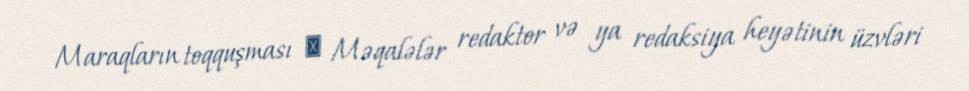
Maraqların toqquşması ─ Məqalələr redaktor və ya redaksiya heyətinin üzvləri